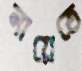
নায়েতে